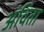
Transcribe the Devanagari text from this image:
अंविता